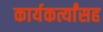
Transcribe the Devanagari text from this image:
कार्यकर्त्यांसह